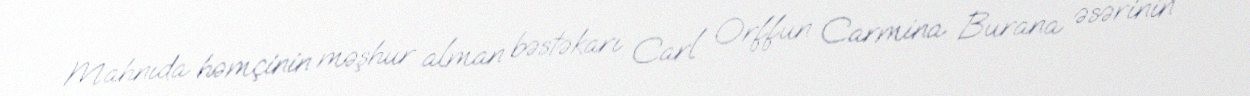
Mahnıda həmçinin məşhur alman bəstəkarı Carl Orffun Carmina Burana əsərinin